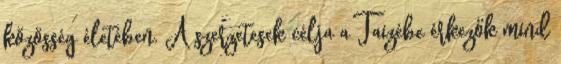
közösség életében. A szerzetesek célja a Taizébe érkezők mind